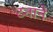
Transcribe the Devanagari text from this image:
टनाने